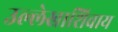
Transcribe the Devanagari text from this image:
उल्लेखाशिवाय